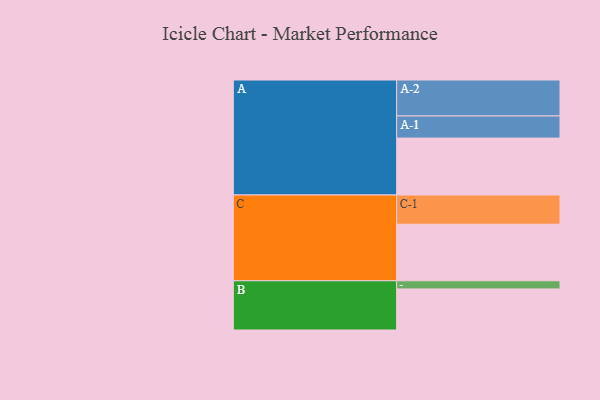
{"axis": {"x": "Segment", "y": "Value"}, "legend": ["", "A", "B", "C"], "data": [{"x": "A", "y": 424, "type": ""}, {"x": "B", "y": 306, "type": ""}, {"x": "C", "y": 421, "type": ""}, {"x": "A-1", "y": 165, "type": "A"}, {"x": "A-2", "y": 268, "type": "A"}, {"x": "B-1", "y": 61, "type": "B"}, {"x": "C-1", "y": 218, "type": "C"}]}